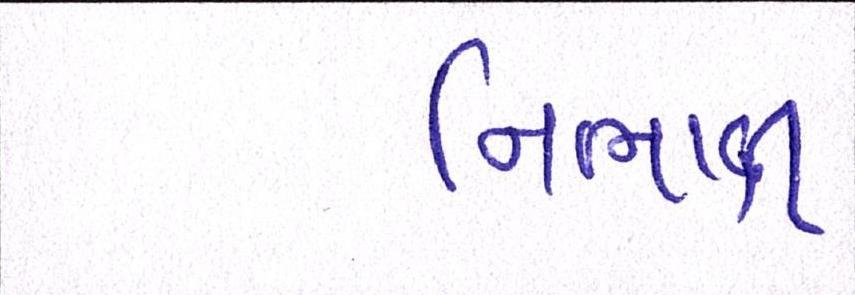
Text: નિભાવી